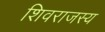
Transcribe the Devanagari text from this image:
शिवराजस्य